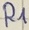
Text: R1